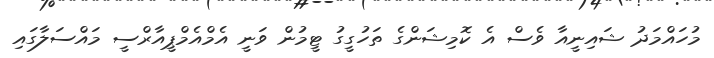
މުހައްމަދު ޝައިނީއާ ވެސް އެ ކޮމިޝަންގެ ތަހުގީގު ޓީމުން ވަނީ އެމްއެމްޕީއާރްސީ މައްސަލާގައި